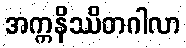
အက္ကနိဿိတဂါလာ